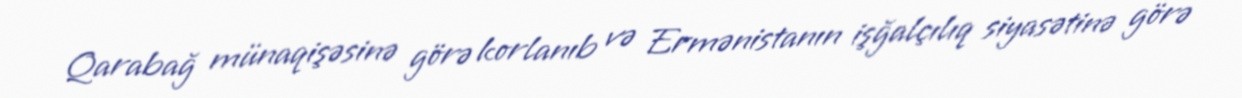
Qarabağ münaqişəsinə görə korlanıb və Ermənistanın işğalçılıq siyasətinə görə